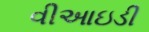
વીઆઇડી